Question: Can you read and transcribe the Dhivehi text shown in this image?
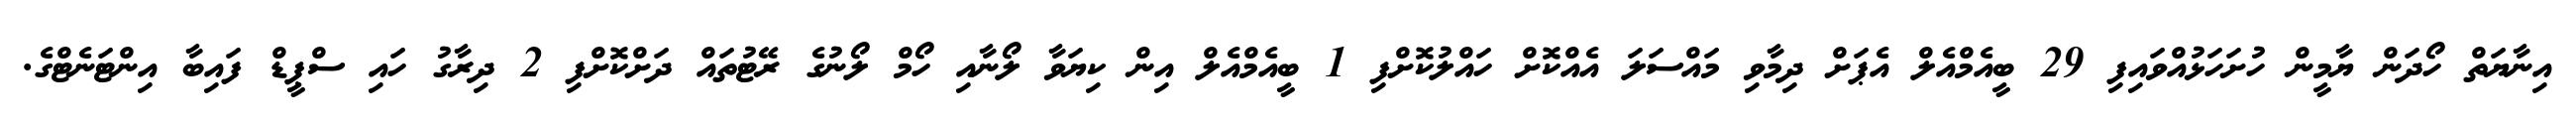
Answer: އިނާޔަތް ހޯދަން ޔާމީން ހުށަހަޅުއްވައިފި 29 ބީއެމްއެލް އެޕަށް ދިމާވި މައްސަލަ އެއްކޮށް ހައްލުކޮށްފި 1 ބީއެމްއެލް އިން ކިޔަވާ ލޯނާއި ހޯމް ލޯނުގެ ރޭޓުތައް ދަށްކޮށްފި 2 ދިރާގު ހައި ސްޕީޑް ފައިބާ އިންޓަނެޓްގެ.